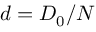
d = D _ { 0 } / N